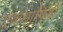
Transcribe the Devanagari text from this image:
एकभाषियों